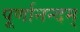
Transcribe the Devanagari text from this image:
पूर्णानन्दम्